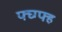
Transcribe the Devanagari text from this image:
फ्घ्ग्फ्ह